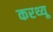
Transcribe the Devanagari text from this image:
करथ्यू